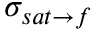
\sigma _ { s a t \rightarrow f }